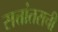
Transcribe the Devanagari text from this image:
सत्तांतराची